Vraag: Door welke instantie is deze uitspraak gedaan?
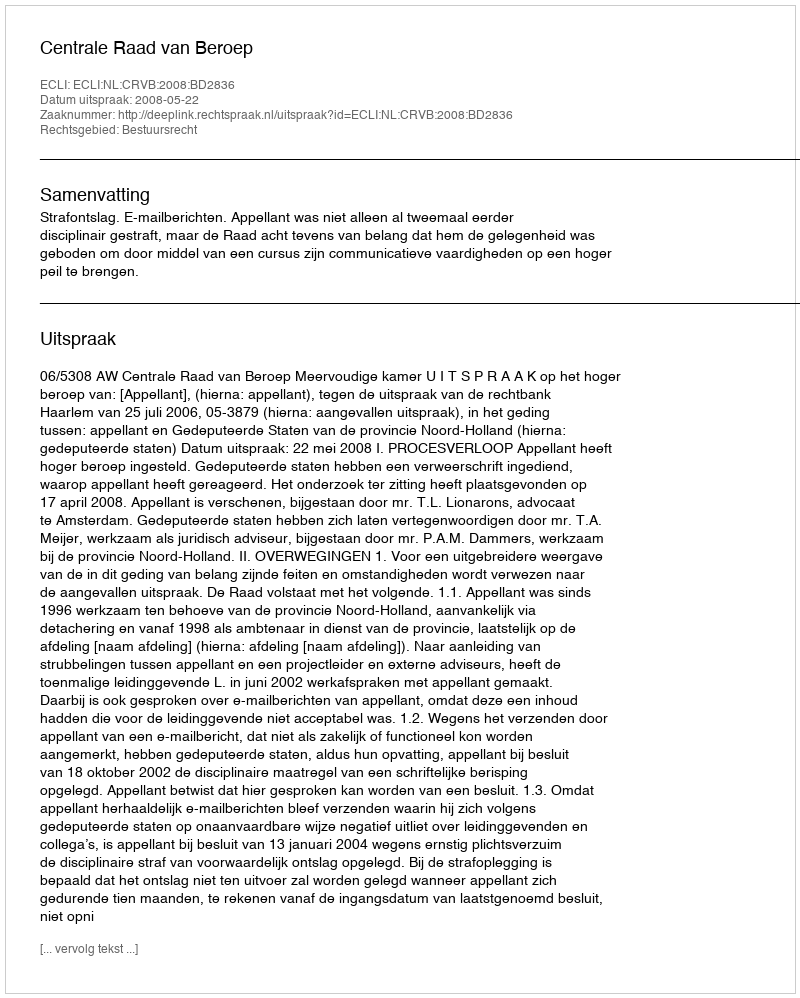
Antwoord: Centrale Raad van Beroep